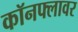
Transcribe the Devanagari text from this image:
कॉनफ्लावर